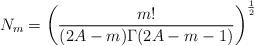
LaTeX: \begin{align*}N_m=\left(\frac{m!}{(2A-m)\Gamma(2A-m-1)}\right)^{\frac{1}{2}}\end{align*}